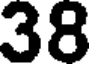
38